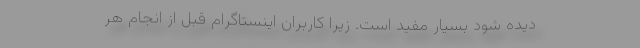
دیده شود بسیار مفید است. زیرا کاربران اینستاگرام قبل از انجام هر